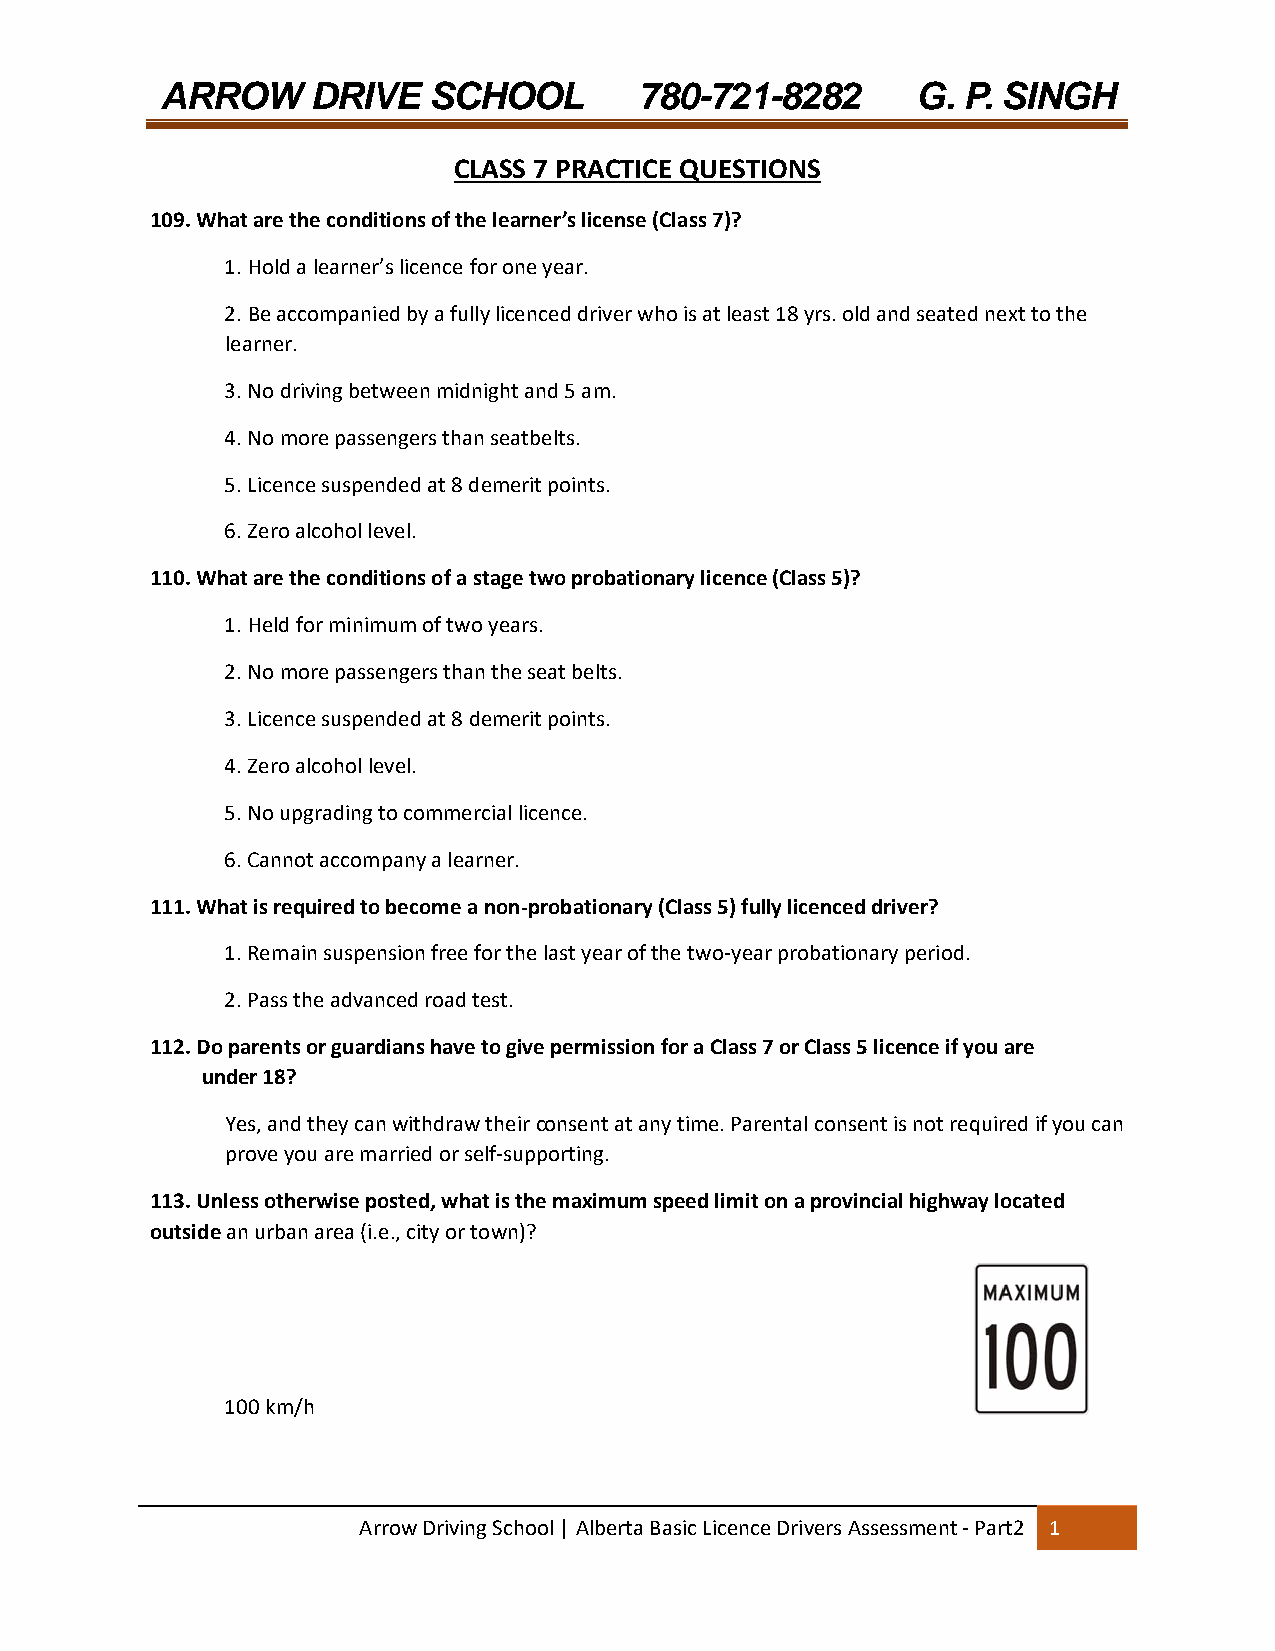
ARROW     DRIVE  SCHOOL        780-721-8282       G. P. SINGH
 CLASS 7 PRACTICE QUESTIONS
 109. What are the conditions of the learner’s license (Class 7)?
 1. Hold a learner’s licence for one year.
 2. Be accompanied by a fully licenced driver who is at least 18 yrs. old and seated next to the
 learner.
 3. No driving between midnight and 5 am.
 4. No more passengers than seatbelts.
 5. Licence suspended at 8 demerit points.
 6. Zero alcohol level.
 110. What are the conditions of a stage two probationary licence (Class 5)?
 1. Held for minimum of two years.
 2. No more passengers than the seat belts.
 3. Licence suspended at 8 demerit points.
 4. Zero alcohol level.
 5. No upgrading to commercial licence.
 6. Cannot accompany a learner.
 111. What is required to become a non‐probationary (Class 5) fully licenced driver?
 1. Remain suspension free for the last year of the two‐year probationary period.
 2. Pass the advanced road test.
 112. Do parents or guardians have to give permission for a Class 7 or Class 5 licence if you are
 under 18?
 Yes, and they can withdraw their consent at any time. Parental consent is not required if you can
 prove you are married or self‐supporting.
 113. Unless otherwise posted, what is the maximum speed limit on a provincial highway located
 outside an urban area (i.e., city or town)?
 100 km/h
 Arrow Driving School | Alberta Basic Licence Drivers Assessment ‐ Part2 1